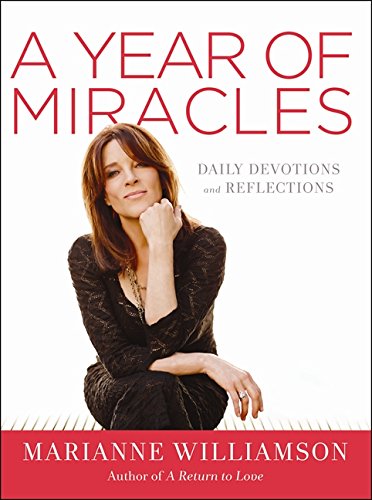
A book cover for A Year of Miracles: Daily Devotions and Reflections; Marianne Williamson; Christian Books & Bibles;